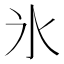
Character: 氷